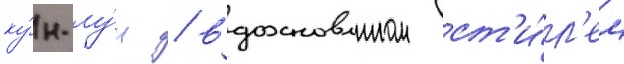
ку́н-лу́н / вдохновлнном ст'и́л'ем